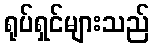
ရုပ်ရှင်များသည်